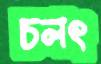
চলৎ